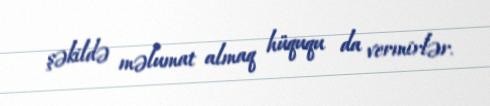
şəkildə məlumat almaq hüququ da vermirlər.